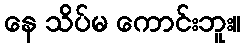
နေ သိပ်မ ကောင်းဘူး။